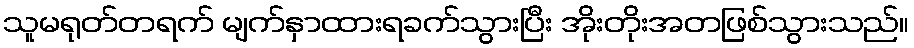
သူမရုတ်တရက် မျက်နှာထားရခက်သွားပြီး အိုးတိုးအတဖြစ်သွားသည်။